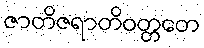
ဇာတိဇရာတိဝတ္တတေ